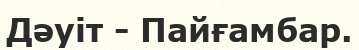
Дәуіт - Пайғамбар.